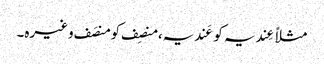
مثلاً عِندیہ کو عَندیہ، منصِف کو منصَف وغیرہ۔